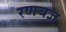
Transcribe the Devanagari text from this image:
रणयज्ञ